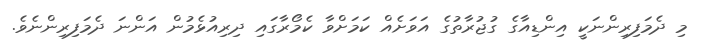
މި ދެމަފިރިންނަކީ އިންޑިއާގެ ގުޖުރާތުގެ އަވަށެއް ކަމަށްވާ ކެމޯރާގައި ދިރިއުޅެމުން އަންނަ ދެމަފިރިންނެވެ.